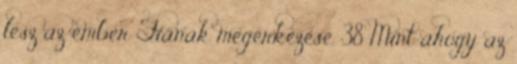
lesz az ember Fiának megérkezése. 38 Mint ahogy az